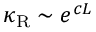
\begin{array} { r } { \kappa _ { \mathrm { R } } \sim e ^ { c L } } \end{array}